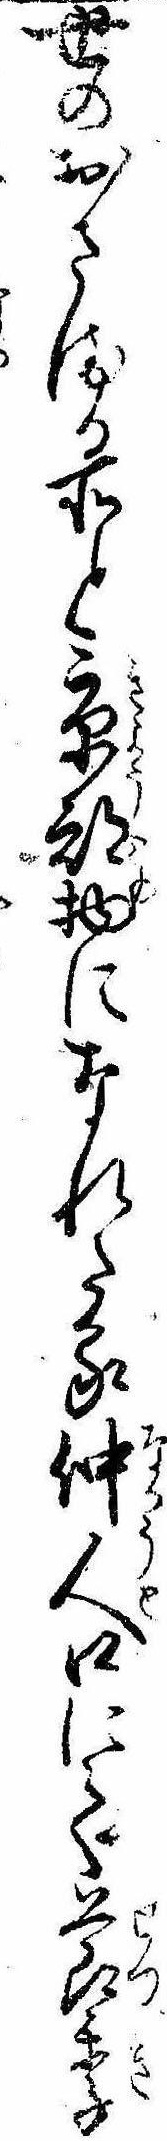
世のおさまる所と京都物になれたる仲人口にて節季